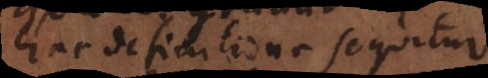
hac definitione sequitur